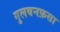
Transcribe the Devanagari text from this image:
गुलबनफ़सा